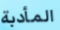
المأدبة